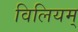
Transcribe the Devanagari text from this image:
विलियम्